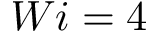
W i = 4